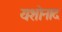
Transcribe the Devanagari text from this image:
यशोनाद